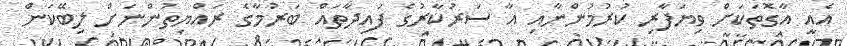
އެއީ އާގޮތަކަށް ވިޔަފާރި ކުރުމުންނާއި އާ ސަރުކާރުގެ ފައިދާތައް ބަރުމާގެ ރައްޔިތުންނަށް ލިބޭކަން